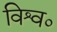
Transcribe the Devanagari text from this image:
विश्व०